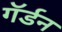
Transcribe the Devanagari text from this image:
गॅर्डन